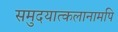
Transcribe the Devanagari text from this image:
समुदयात्कलानामपि